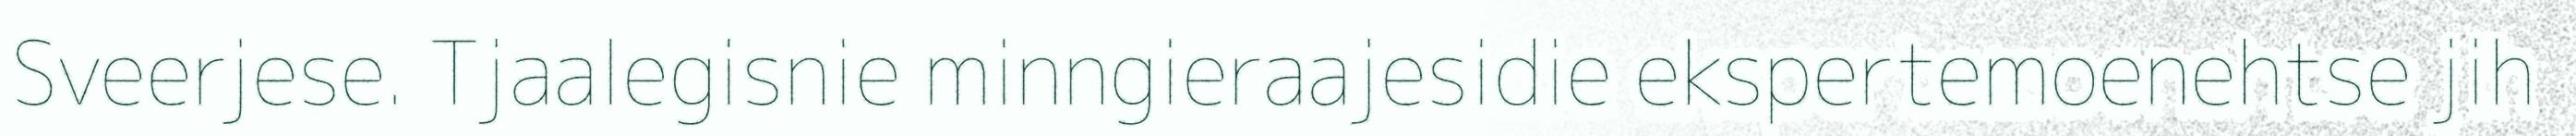
Sveerjese. Tjaalegisnie minngieraajesidie ekspertemoenehtse jih